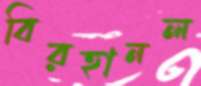
বিরহানল